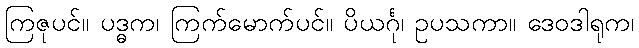
ကြဇုပင်။ ပဒ္ဓက၊ ကြက်မောက်ပင်။ ပိယင်္ဂု၊ ဥပသကာ။ ဒေဝဒါရုက၊